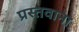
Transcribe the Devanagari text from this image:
प्रस्तवाना